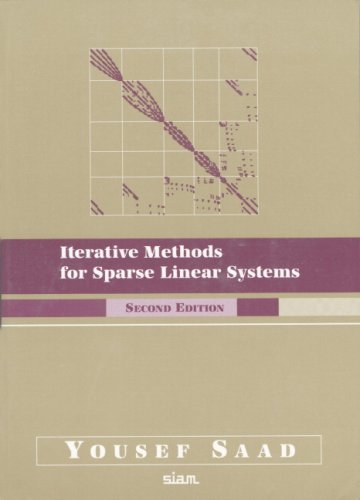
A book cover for Iterative Methods for Sparse Linear Systems, Second Edition; Yousef Saad; Science & Math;